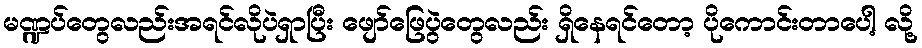
မဏ္ဍပ်တွေလည်းအရင်လိုပဲရှာပြီး ဖျော်ဖြေပွဲတွေလည်း ရှိနေရင်တော့ ပိုကောင်းတာပေါ့ လို့